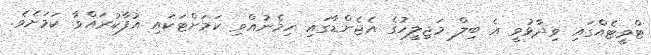
ޓްވީޓެއްގައި ވިދާޅުވީ އެ ބިލް މަޖިލީހުގެ އެޖެންޑާގައި ހިމެނުއްވި ކަމަށްޓަކައި އުފާކުރައްވާ ކަމަށެވެ.